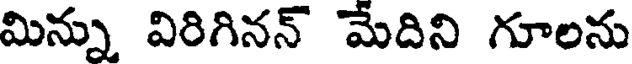
మిన్ను విరిగినన్ మేదిని గూలను